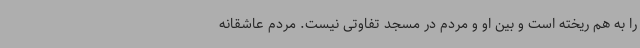
را به هم ریخته است و بین او و مردم در مسجد تفاوتی نیست. مردم عاشقانه